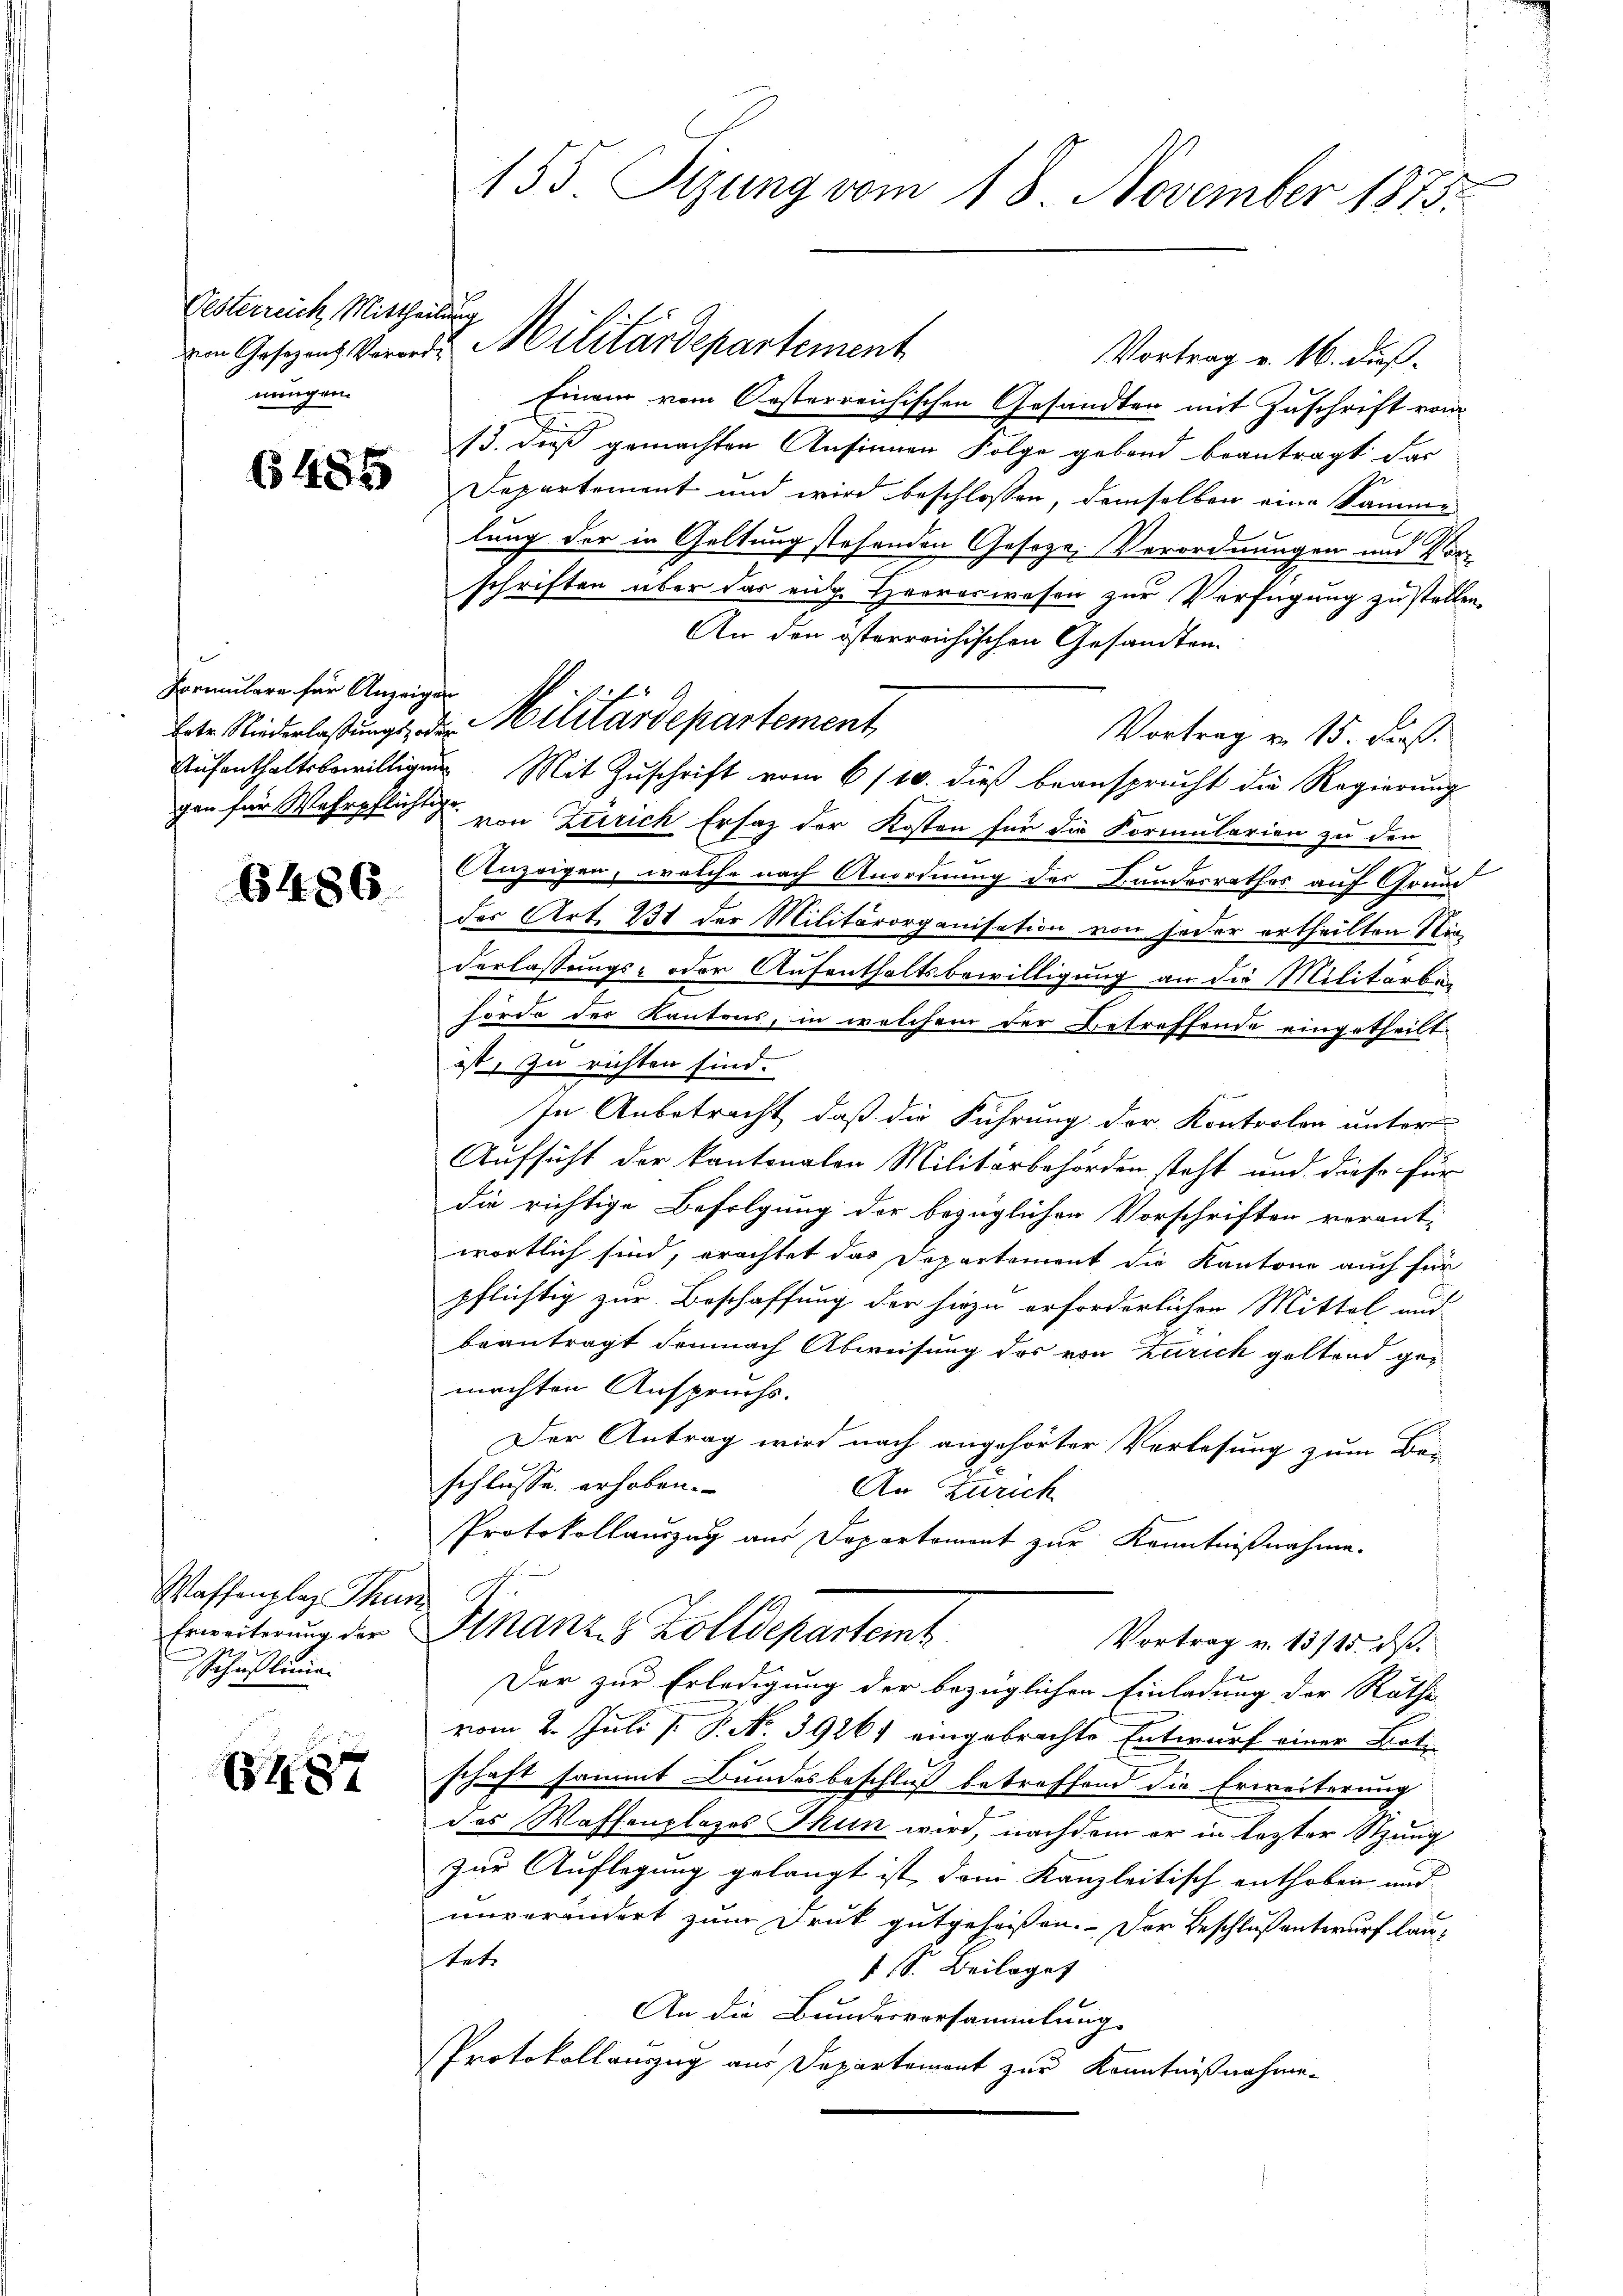
Oesterreich Mittheilung
mangen.

6485

Formulare für Anzeigen

6486.

Waffenplaz Thun
Schuhlung.

6487

155. Sizung vom 18. November 1873.

Vortrag v. 16. dieß.
Einem vom Oesterreichischen Gesandten mit Zuschrift vom
13. dieß gemachten Ansinnen Folge geband beantragt das
1
Departement und wird beschlossen, demselben eine Samme
lung der in Geltung stehenden Gesetze, Verordnungen und Vor-
schriften über das eine Herrerwesen zur Verfügung zu stellen.
An den österreichischen Gesandten.
bte Niederlassŭngs, die Militärdepartement,
Vortrag von 15. Fuß.
Aufenthaltsbewilligen Mit Zuschrift vom 6/10. dieß beansprucht die Regierung
gen für Wehrpflicht von Zürich Ersatz der Kosten für die Formularien zu den
Anzeigen, welche nach Anordnung des Bundesrathes auf Grund
der Art. 231 der Militärorganisation von jeder ertheilten Ni¬
Verlassungs- oder Aufenthaltsbewilligung an die Militärke
hörde des Kantons, in welchem der Betreffende eingetheilt
ist, zu richten sind.
In Anbetracht, daß die Führung der Kontrolon unter
Aufsicht der kantonalen Militärbehörden steht und diese für
die richtige Befolgung der bezüglichen Vorschriften verant-
wortlich sind, erachtet das Departement die Kantone auch für
pflichtig zur Beschaffung der hiezu erforderlichen Mittel, und
beantragt demnach Abweisung des von Zürich geltend ge-
machten Anspruchs.
Der Antrag wird nach angehörter Verlesung zum Be-
schlusse erhoben.
An Zürich
Protokollauszug aus Departemont zur Kenntnißnahme.
Erweiterung der Finanz- 8 Zolldepartemt
Vortrag v. 13715. dß.
Der zur Erledigung der bezüglichen Einladung der Rathe
vom 2. Juli [ P. N. 3926) eingebrachte Entwurf einer Bot
schaft sammt Bundesbeschluß betreffend die Erweiterung
das Waffenplazes Thun wird, nachdem er in lezter Stung
zur Auflegung gelangt ist, dann Kanzleitisch enthoben und
unverändert zum Druk gutgeheißen. Der Beschluß entwurf lautet.
1 S. Beilaget
An die Bundesversammlung.
Protokollauszug aus Departement zur Kenntnißnahme.

am Gesezens Vorard Militärdepartement